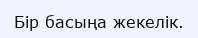
Бір басыңа жекелік.